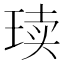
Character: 𪻨